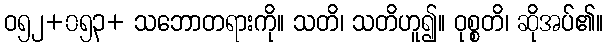
ဝ၅၂+၀၅၃+ သဘောတရားကို။ သတိ၊ သတိဟူ၍။ ဝုစ္စတိ၊ ဆိုအပ်၏။